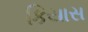
કિયાસ